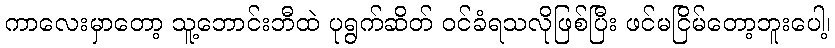
ကာလေးမှာတော့ သူ့ဘောင်းဘီထဲ ပုရွက်ဆိတ် ဝင်ခံရသလိုဖြစ်ပြီး ဖင်မငြိမ်တော့ဘူးပေါ့၊